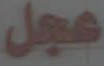
عجل